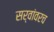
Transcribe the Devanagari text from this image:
सर्वांवरच